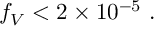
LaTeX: f _ { V } < 2 \times 1 0 ^ { - 5 } \ .